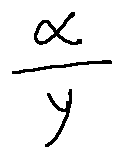
\frac { \alpha } { y }